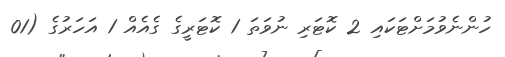
ހުންނެވުމަށްޓަކައި 2 ކޮޓަރި ނުވަތަ 1 ކޮޓަރީގެ ގެއެއް 1 އަހަރުގެ (01